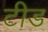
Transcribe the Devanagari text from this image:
टीड